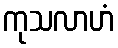
ကုသလာဟံ